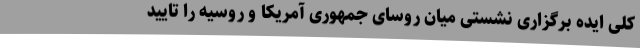
کلی ایده برگزاری نشستی میان روسای جمهوری آمریکا و روسیه را تایید